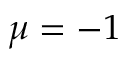
\mu = - 1